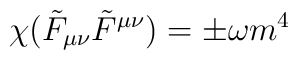
\chi (\tilde{F}_{\mu\nu}\tilde{F}^{\mu\nu})=\pm\omega m^{4}